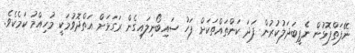
ނޭފަތްފޮޅުން ނެޕީބަދަލުކުރުން ފަދަ ކަންތައްތަކަށް ފަހު ސައިބޯނިލައިގެން ރަގަޅަށް އަތްދޮވުމަކީ މުހިއްމު ކަމެކެވެ.